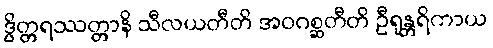
ဒွိတ္တရဿတ္တာနိ သီလယတီတိ အဝဂစ္ဆတီတိ ဦရုန္တရိကာယ